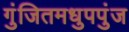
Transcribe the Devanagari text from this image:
गुंजितमधुपपुंज